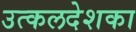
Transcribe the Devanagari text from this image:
उत्कलदेशका